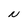
Character: N